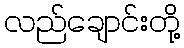
လည်ချောင်းတို့